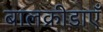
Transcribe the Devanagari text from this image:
बालक्रीडाएँ